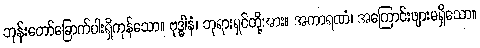
ဘုန်းတော်ခြောက်ပါးရှိကုန်သော။ ဗုဒ္ဓါနံ၊ ဘုရားရှင်တို့အား။ အကာရဏံ၊ အကြောင်းဖျားမရှိသော။